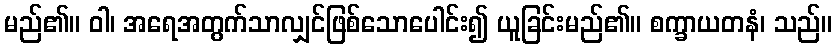
မည်၏။ ဝါ၊ အရေအတွက်သာလျှင်ဖြစ်သောပေါင်း၍ ယူခြင်းမည်၏။ စက္ခာယတနံ၊ သည်။